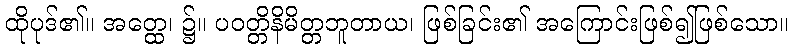
ထိုပုဒ်၏။ အတ္ထေ၊ ၌။ ပဝတ္တိနိမိတ္တဘူတာယ၊ ဖြစ်ခြင်း၏ အကြောင်းဖြစ်၍ဖြစ်သော။